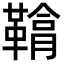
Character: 𩌒